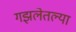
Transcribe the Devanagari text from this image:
गझलेतल्या